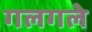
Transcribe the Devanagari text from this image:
गलगले